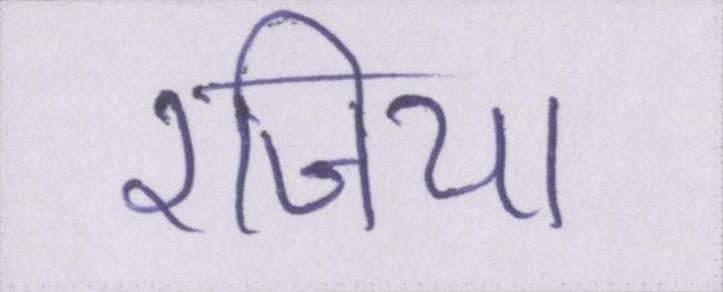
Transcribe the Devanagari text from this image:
रजिया